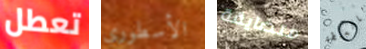
تعطل الأسطوري متضايقة بالسلطة